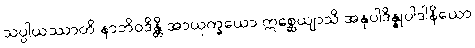
သပ္ပါယဿာတိ နာဘိဝဒိန္တိ အာယုက္ခယော ဣစ္ဆေယျာသိ အနုပါဒိန္နုပါဒါနိယော